38_143685_box_Incident_Summaries_173-233
Agency: Department of War
Page 42
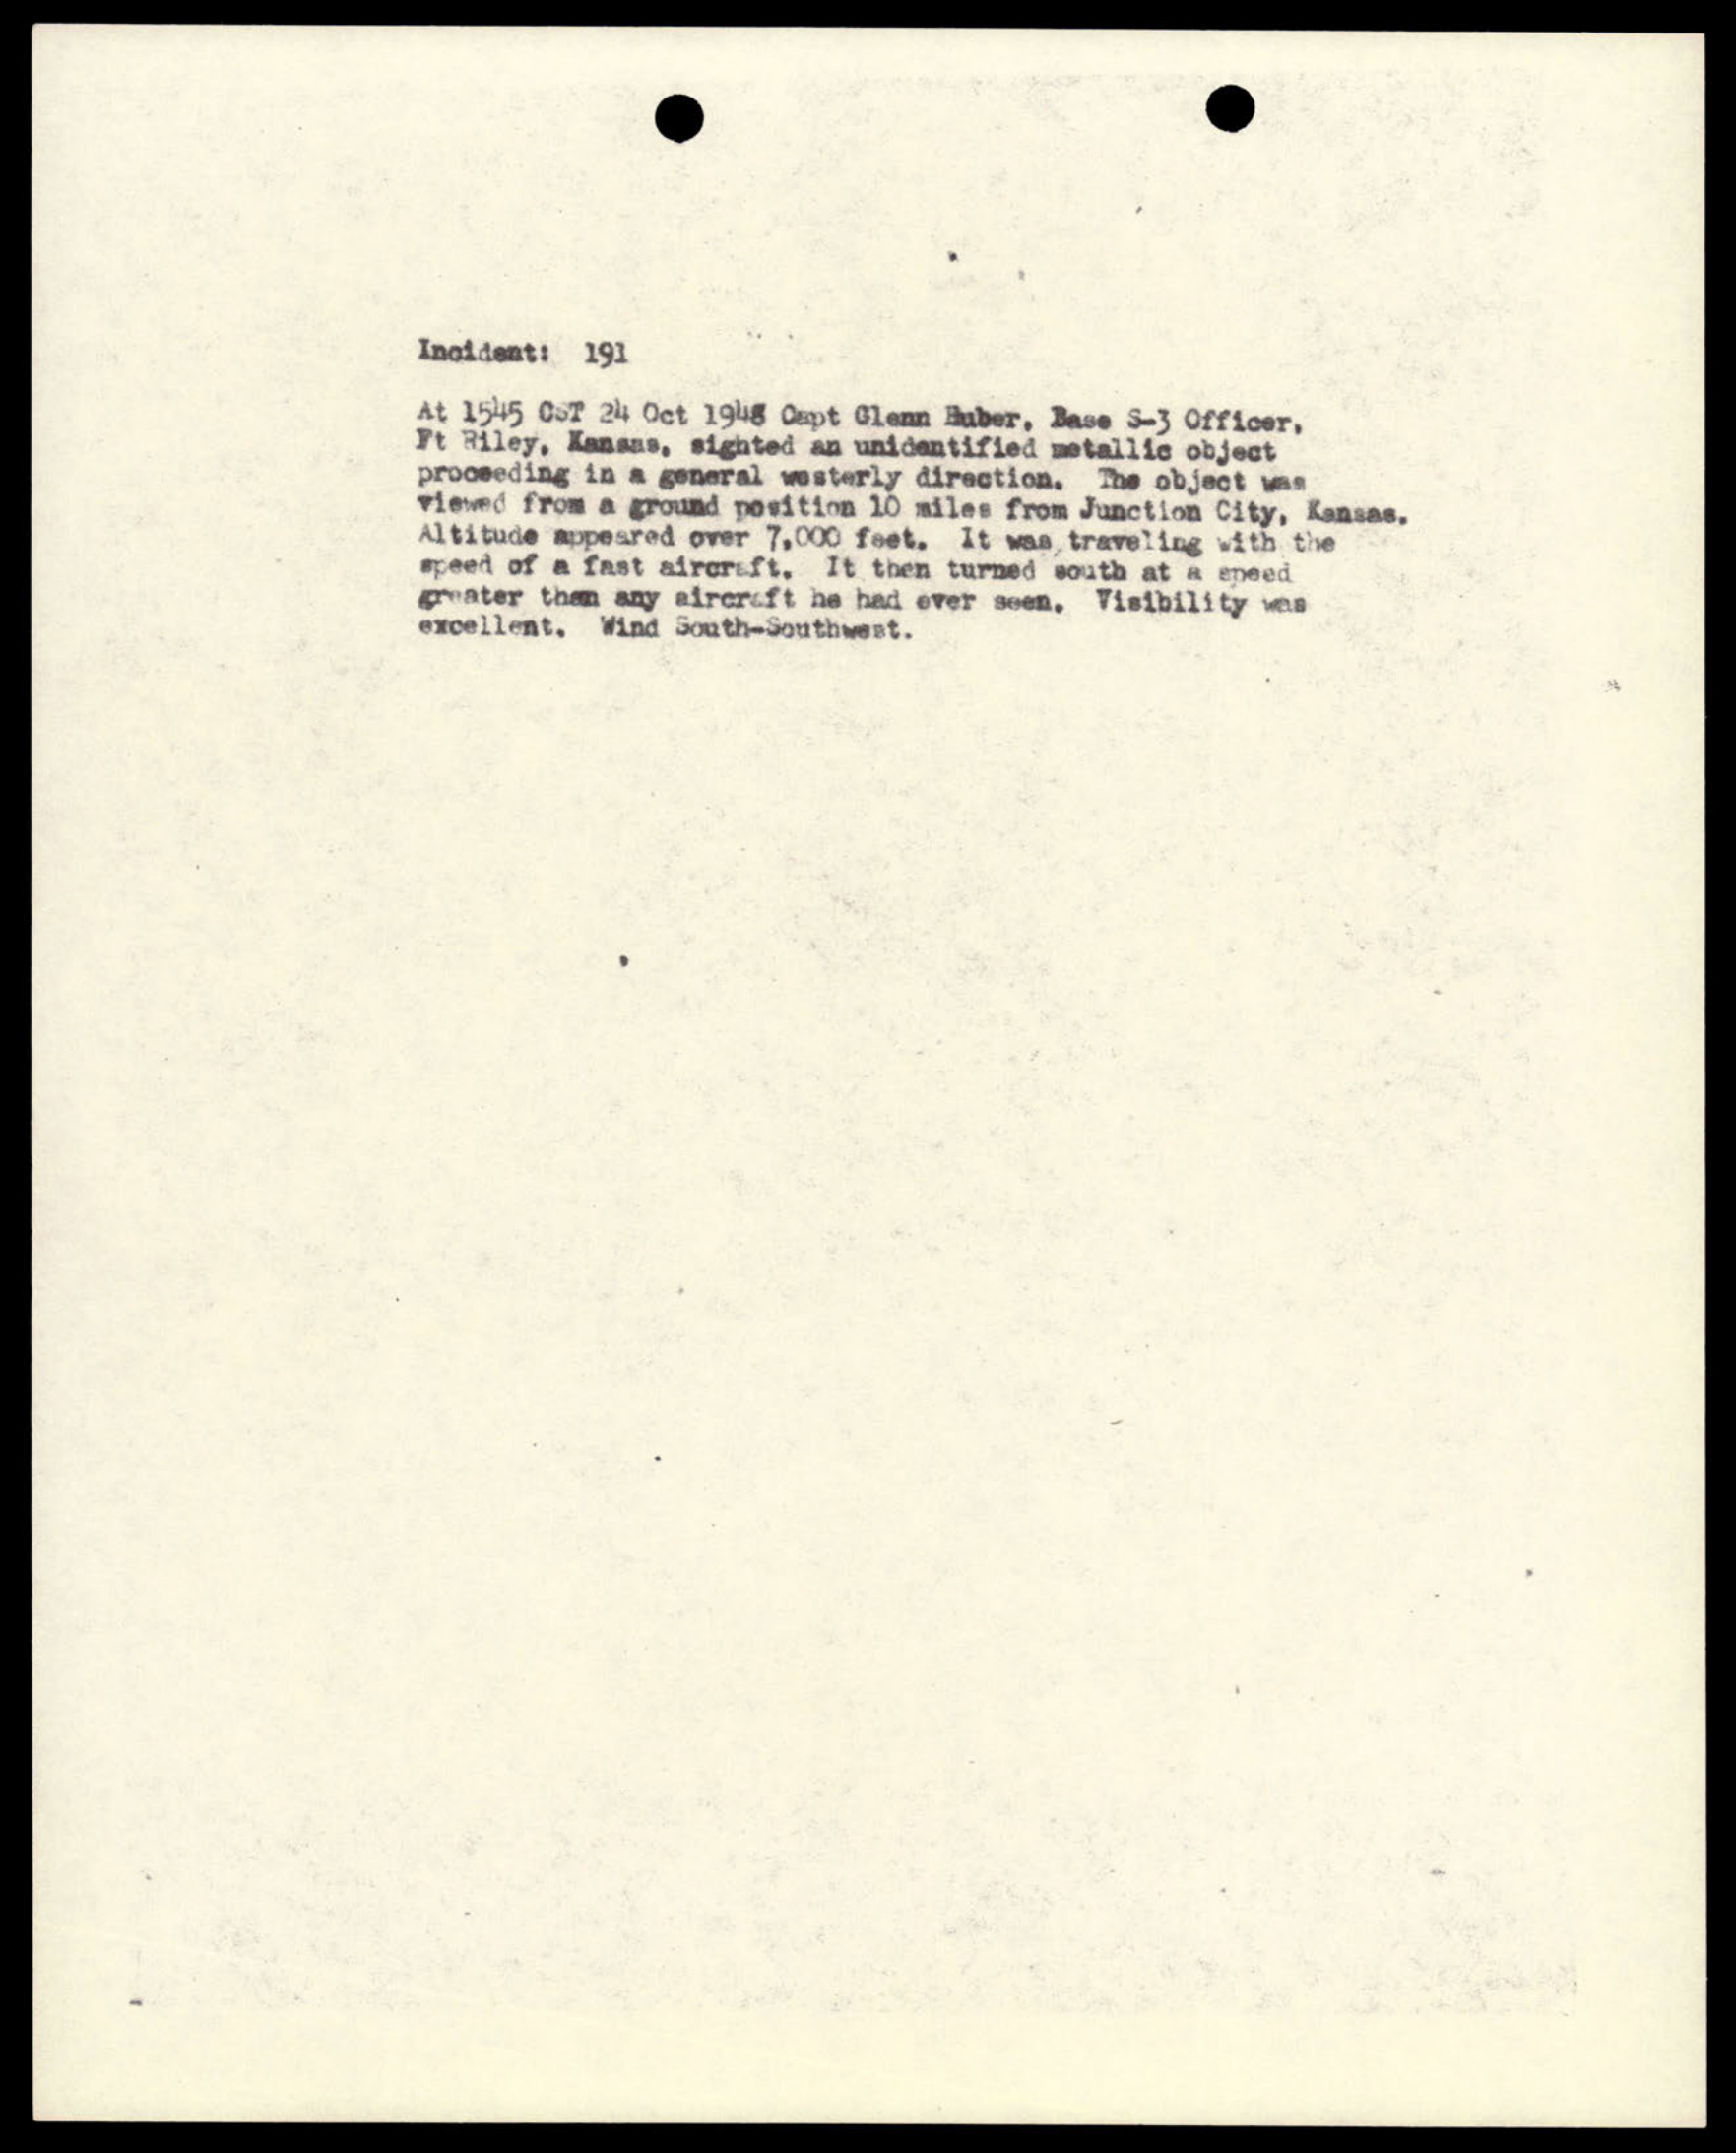